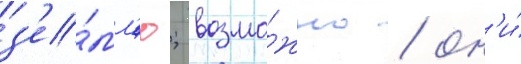
з'е́мл'ю; возмо́жно / он'и́